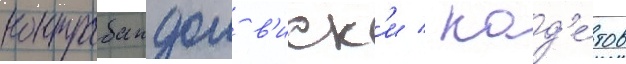
контрабандои в'иск'и / кад'е́тов